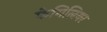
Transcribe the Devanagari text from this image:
फेमिलियर